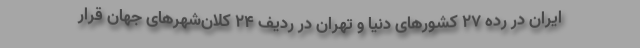
ایران در رده ۲۷ کشورهای دنیا و تهران در ردیف ۲۴ کلان‌شهرهای جهان قرار